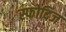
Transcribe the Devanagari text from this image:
स्फोदिज